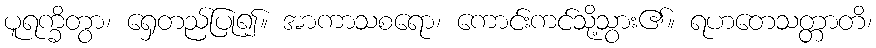
ပူရက္ခိတွာ၊ ရှေတည်ပြု၍။ အာကာသစရော၊ ကောင်းကင်သို့သွား၏။ ရဟတေသတ္တာတိ၊